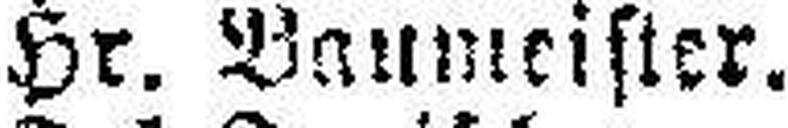
Hr. Baumeister.